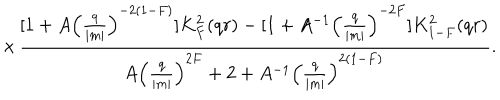
\times \frac { [ 1 + A { \Bigl ( \frac { q } { | m | } \Bigr ) } ^ { - 2 ( 1 - F ) } ] K _ { F } ^ { 2 } ( q r ) - [ 1 + A ^ { - 1 } { \Bigl ( \frac { q } { | m | } \Bigr ) } ^ { - 2 F } ] K _ { 1 - F } ^ { 2 } ( q r ) } { A { \Bigl ( \frac { q } { | m | } \Bigr ) } ^ { 2 F } + 2 + A ^ { - 1 } { \Bigl ( \frac { q } { | m | } \Bigr ) } ^ { 2 ( 1 - F ) } } .